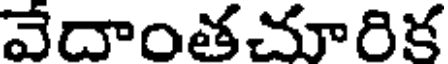
వేదాంతచూరిక